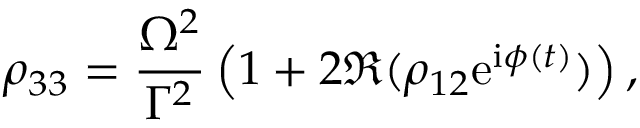
\rho _ { 3 3 } = \frac { \Omega ^ { 2 } } { \Gamma ^ { 2 } } \left( 1 + 2 \Re ( \rho _ { 1 2 } \mathrm { e } ^ { \mathrm { i } \phi ( t ) } ) \right) ,